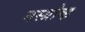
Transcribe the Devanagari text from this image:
मस्ग्रोव्ह